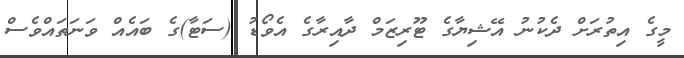
މީގެ އިތުރަށް ދެކުނު އޭޝިޔާގެ ޓޫރިޒަމް ދާއިރާގެ އެވޯޑު (ސަޓާ)ގެ ބައެއް ވަނަތައްވެސް